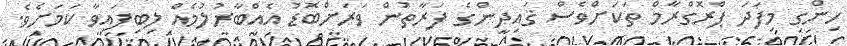
ހިންގި މިފަދަ ޕްރޮގްރާމް ތަކަށްވެސް ޤައިދީންގެ ފަރާތުން ވަރަށްބޮޑު އެއްބާރުލުމެއް ލިބިފައިވާ ކަމަށެވެ.